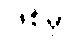
ဖြစ်မှာ